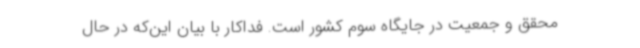
محقق و جمعیت در جایگاه سوم کشور است. فداکار با بیان این‌که در حال